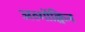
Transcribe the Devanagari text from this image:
अल्गोंक्विन